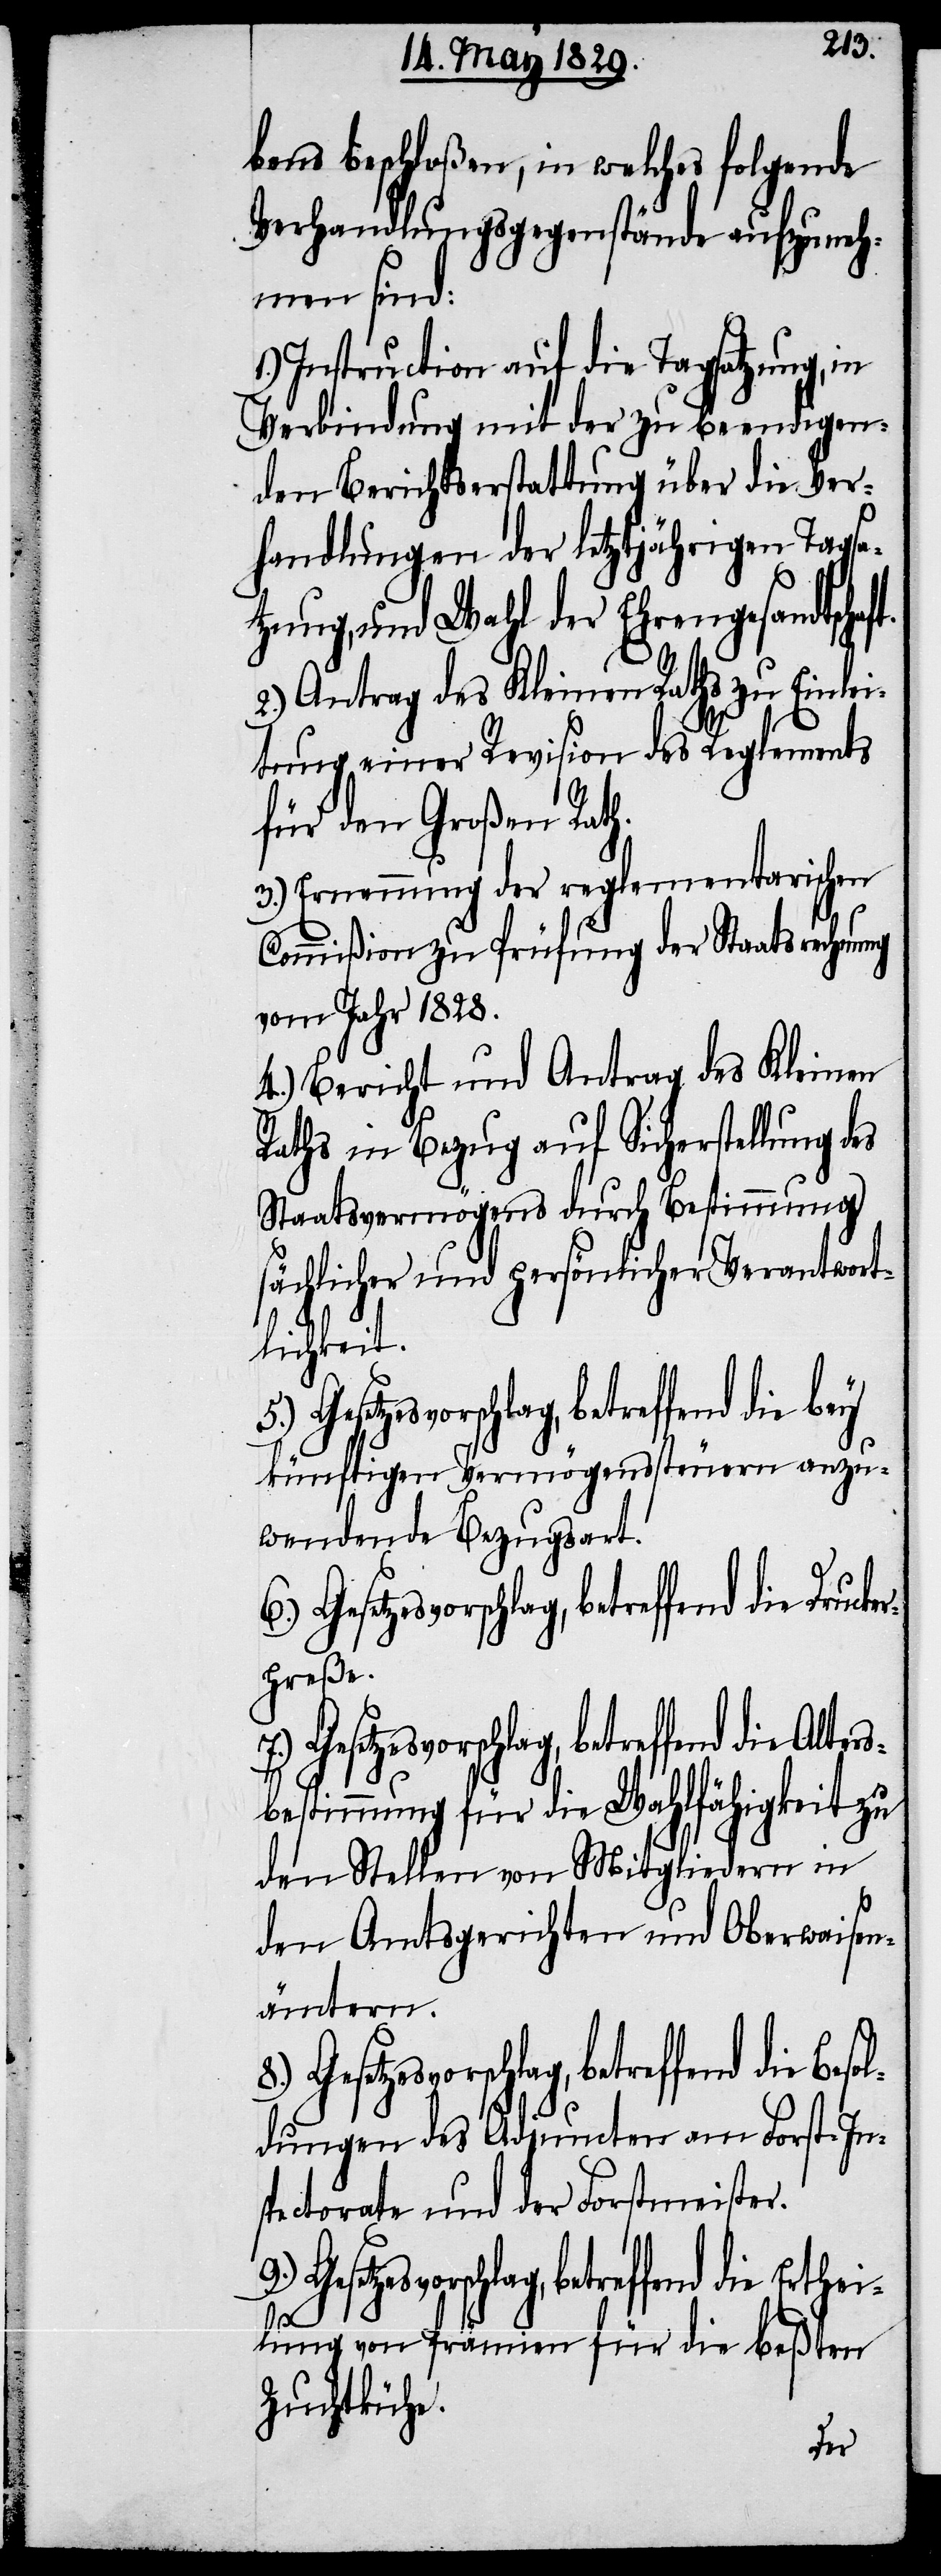
bens beschloßen, in welches folgende
Verhandlungsgegenstände aufzuneh¬
men sind:
Instruction auf die Tagsatzung, in
Verbindung mit der zu beendigen¬
den Berichtserstattung über die Ver¬
handlungen der letztjährigen Tagsa¬
tzung, und Wahl der Ehrengesandtscha¬
2.) Antrag des Kleinen Raths zu Einlei¬
tung einer Revision des Reglements
für den Großen Rath.
3.) Ernennung der reglementarischen
Commißion zu Prüfung der Staatsrechn¬
vom Jahr 1828.
4.) Bericht und Antrag des Kleinen
Raths in Bezug auf Sicherstellung des
Staatsvermögens durch Bestimmung
sächlicher und persönlicher Verantwort¬
lichkeit.
künftigen Vermögenssteuern anzu¬
wendende Bezugsart.
Gesetzesvorschlag, betreffend die Erthe¬
erpreße.
sbestimmung für die Wahlfähigkeit zu
den Stellen von Mitgliedern in
den Amtsgerichten und Oberwaisen¬
ämtern.
dungen des Adjuncten am Forst-In¬
spectorate und der Forstmeister.
ung
ilung von Prämien für die beßten
Zuchtkühe.